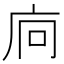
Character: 𢇺